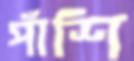
পাঁশি